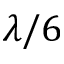
\lambda / 6